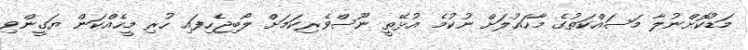
މަޑުކޮށްނުލާ މަސައްކަތުގެ މާހައުލަށް ނުކުމެ އުޅޭތީ ނޫސްވެރިކަމަށް ލޯބިޖެހިފައި ހުރި މީހެއްކަން ޔަގީންވި